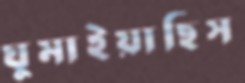
ঘুমাইয়াছিস